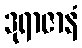
ဒုရာဇာနံ